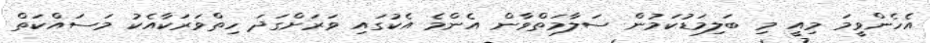
އެހެންވީމަ މިއީ މި ބަލިމަޑުކަމުން ސަލާމަތްވާން އެންމެ އެކުގައި ވަރަށްގަދަ ހިތްވަރަކާއެކު މަސައްކަތް